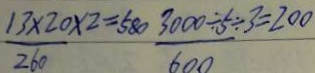
\frac { 1 3 \times 2 0 \times 2 } { 2 6 0 } = 5 8 0 \frac { 3 0 0 0 \div 5 \div 3 } { 6 0 0 }